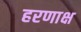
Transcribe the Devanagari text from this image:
हरणाक्ष